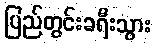
ပြည်တွင်းခရီးသွား